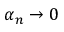
\textstyle \alpha _ { n } \rightarrow 0